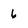
Character: 6